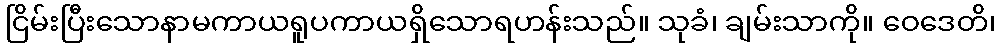
ငြိမ်းပြီးသောနာမကာယရူပကာယရှိသောရဟန်းသည်။ သုခံ၊ ချမ်းသာကို။ ဝေဒေတိ၊